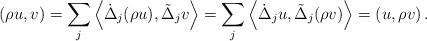
LaTeX: \begin{align*}\left( \rho u,v\right) ={\displaystyle\sum\limits_{j}}\left\langle \dot{\Delta}_{j}(\rho u),\tilde{\Delta}_{j}v\right\rangle ={\displaystyle\sum\limits_{j}}\left\langle \dot{\Delta}_{j}u,\tilde{\Delta}_{j}(\rho v)\right\rangle=\left( u,\rho v\right) .\end{align*}